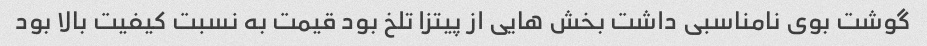
گوشت بوی نامناسبی داشت بخش هایی از پیتزا تلخ بود قیمت به نسبت کیفیت بالا بود